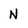
Character: N